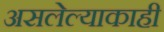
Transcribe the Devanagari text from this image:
असलेल्याकाही